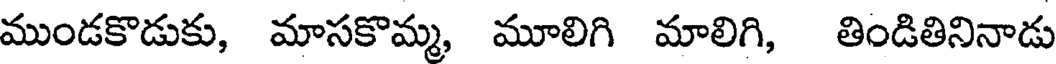
ముండకొడుకు, మాసకొమ్మ, మూలిగి మాలిగి, తిండితినినాడు